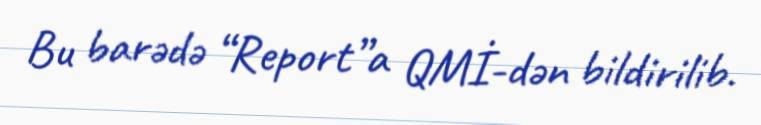
Bu barədə “Report”a QMİ-dən bildirilib.